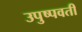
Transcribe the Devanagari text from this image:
उपुष्पवती